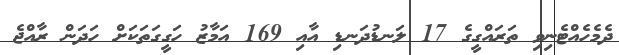
ދެމެހެއްޓެނިވި ތަރައްގީގެ 17 ލަނޑުދަނޑި އާއި 169 އަމާޒު ހަގީގަތަކަށް ހަދަން ރާއްޖެ